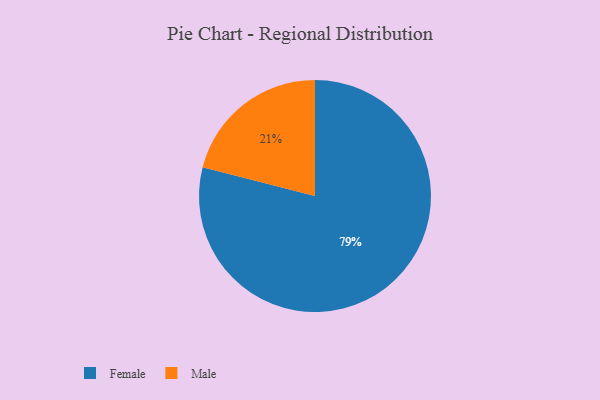
{"axis": {"x": "Category", "y": "Percentage"}, "legend": ["Female", "Male"], "data": [{"x": "Male", "y": 21, "type": "Male"}, {"x": "Female", "y": 79, "type": "Female"}]}